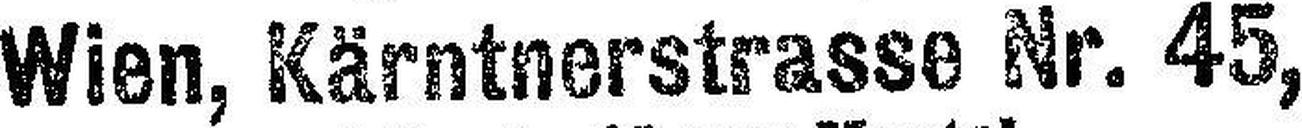
Wien, Kärntnerstrasse Nr. 45,